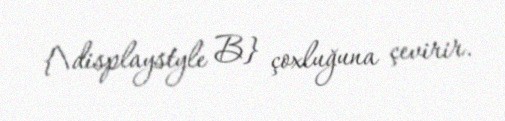
{\displaystyle B} çoxluğuna çevirir.